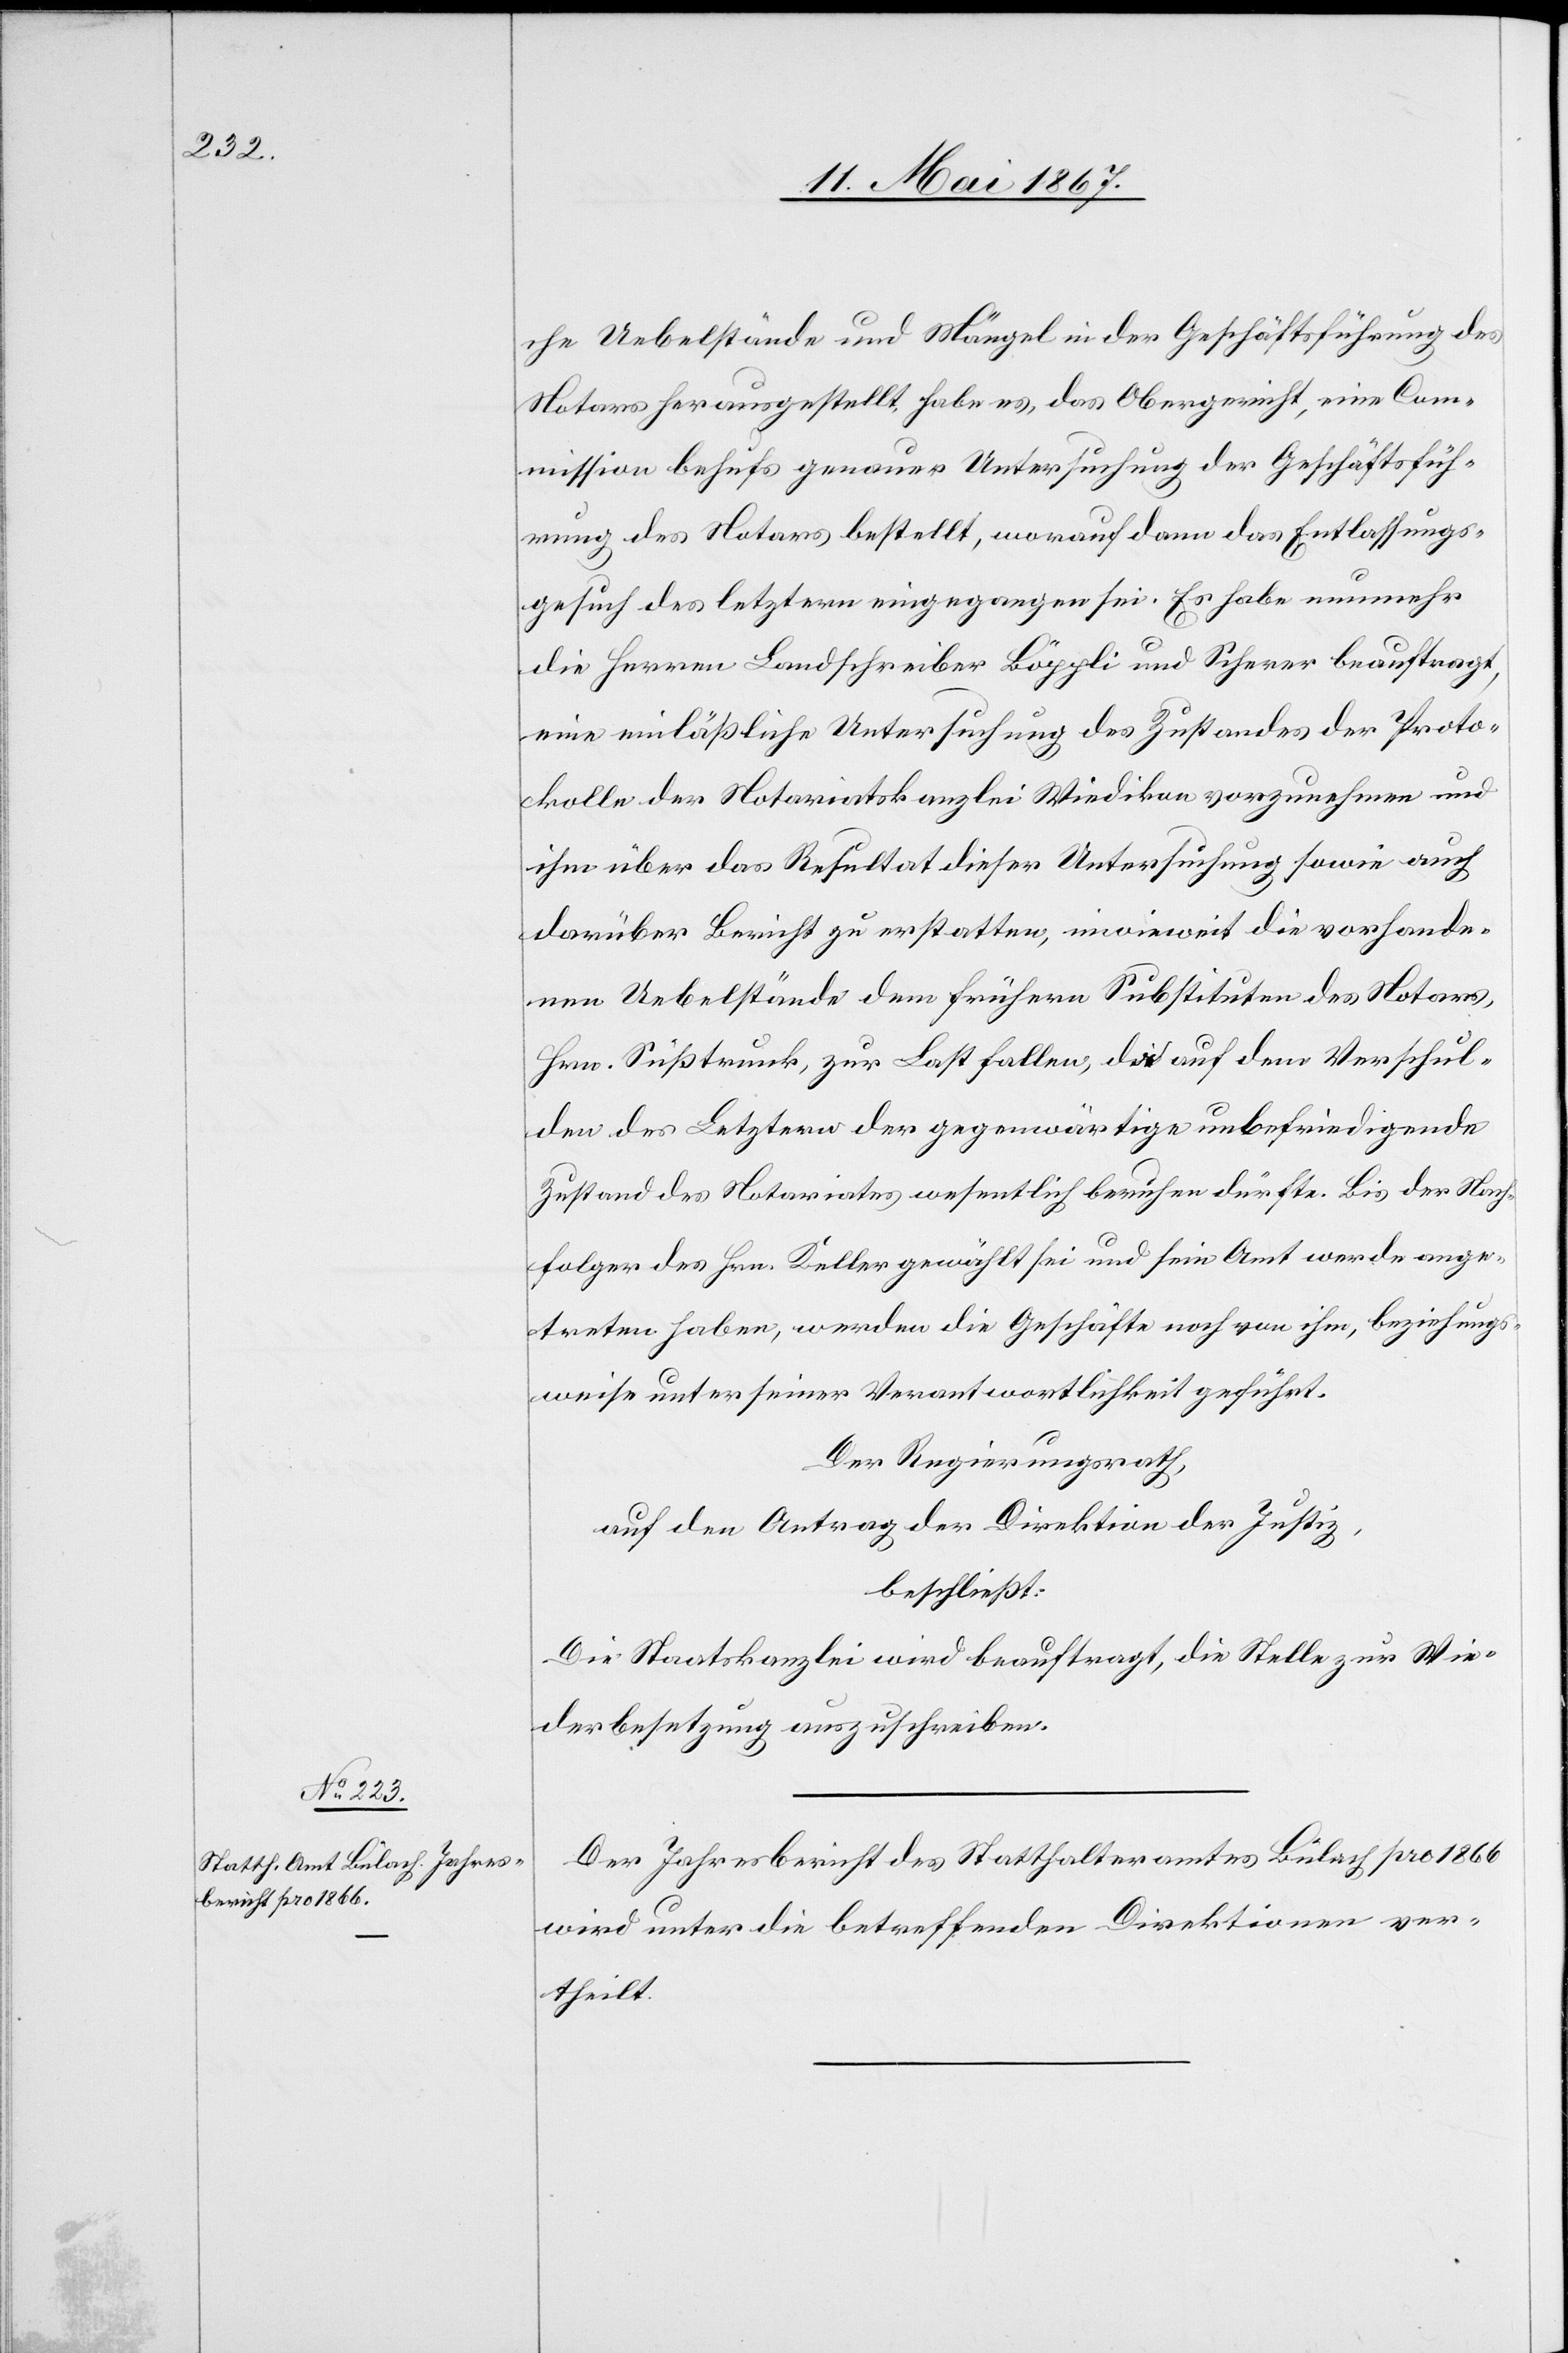
che Uebelstände und Mängel in der Geschäftsführung des
Notars herausgestellt, habe es, das Obergericht, eine Com¬
mission behufs genauer Untersuchung der Geschäftsfüh¬
rung des Notars bestellt, worauf dann das Entlassungs¬
gesuch des letztern eingegangen sei. Es habe nunmehr
die Herren Landschreiber Böppli und Scherer beauftragt,
eine einläßliche Untersuchung des Zustandes der Proto¬
kolle der Notariatskanzlei Wiedikon vorzunehmen und
ihm über das Resultat dieser Untersuchung sowie auch
darüber Bericht zu erstellen, inwieweit die vorhande¬
nen Uebelstände dem frühern Substituten des Notars,
Hrn. Süßtrunk, zur Last fallen, die auf dem Verschul¬
den des Letztern der gegenwärtige unbefriedigende
Zustand des Notariates wesentlich beruhen dürfte. Bis der Nach¬
folger des Hrn. Keller gewählt sei und sein Amt werde ange¬
treten haben, werden die Geschäfte noch von ihm, beziehungs¬
weise unter seiner Verantwortlichkeit geführt.
Der Regierungsrath,
auf den Antrag der Direktion der Justiz,
beschließt:
Die Staatskanzlei wird beauftragt, die Stelle zur Wie¬
derbesetzung auszuschreiben.
Der Jahresbericht des Statthalteramtes Bülach pro 1866
wird unter die betreffenden Direktionen ver¬
theilt.